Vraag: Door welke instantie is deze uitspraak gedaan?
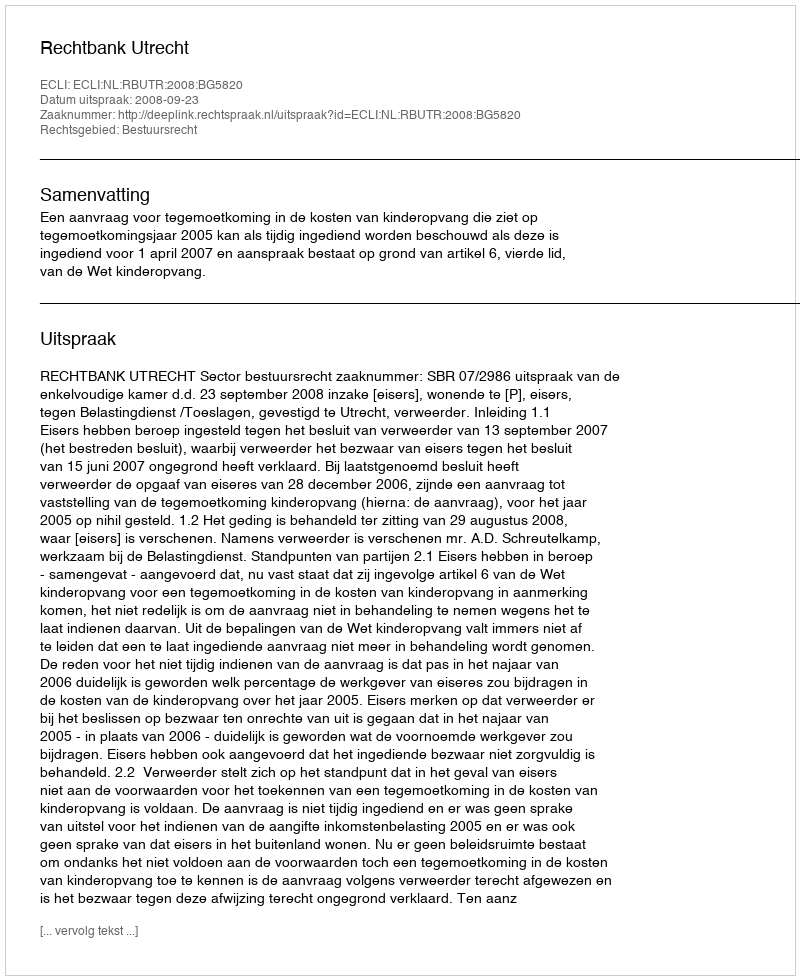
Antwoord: Rechtbank Utrecht